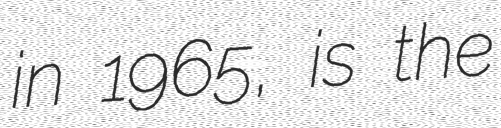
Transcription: in 1965, is the